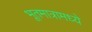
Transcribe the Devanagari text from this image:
भूतमात्रामध्ये